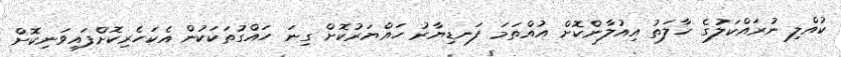
ކުއްލި ނުރައްކަލުގެ ހާލަތު އިއުލާންކޮށް އުއްތަމަ ފަނޑިޔާރު ހައްޔަރުކޮށް ގިނަ ހައްގުތަކަކުން އެކަހެރިކޮށްފައިވަނިކޮށް